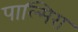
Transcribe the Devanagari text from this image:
पाल्मिरा